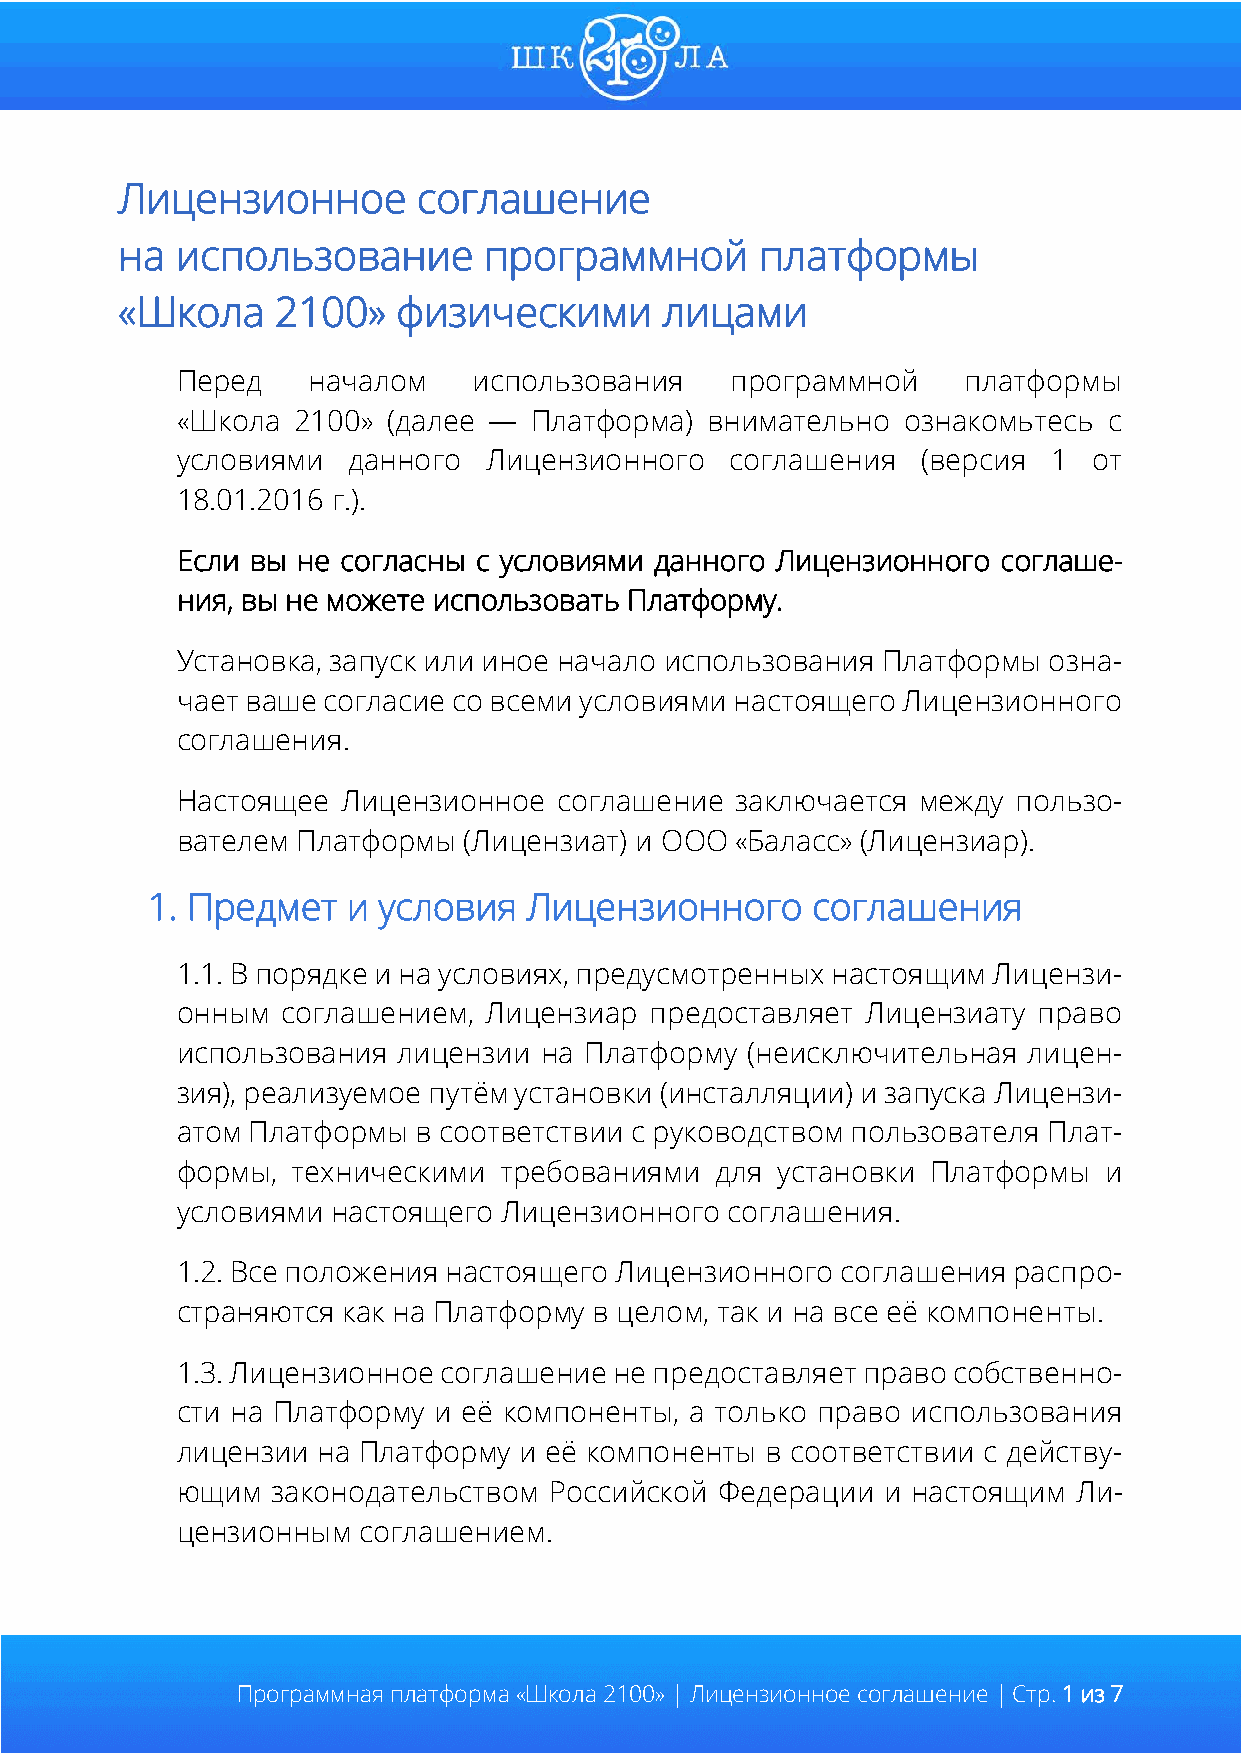
Лицензионное        соглашение
 на  использование       программной       платформы
 «Школа    2100»   физическими       лицами
 Перед   началом    использования    программной     платформы
 «Школа 2100»  (далее — Платформа)  внимательно  ознакомьтесь с
 условиями  данного  Лицензионного   соглашения   (версия  1 от
 18.01.2016 г.).
 Если вы не согласны с условиями данного Лицензионного соглаше-
 ния, вы не можете использовать Платформу.
 Установка, запуск или иное начало использования Платформы озна-
 чает ваше согласие со всеми условиями настоящего Лицензионного
 соглашения.
 Настоящее  Лицензионное  соглашение  заключается между пользо-
 вателем Платформы  (Лицензиат) и ООО «Баласс» (Лицензиар).
 1. Предмет   и условия   Лицензионного      соглашения
 1.1. В порядке и на условиях, предусмотренных настоящим Лицензи-
 онным  соглашением, Лицензиар  предоставляет Лицензиату  право
 использования лицензии  на Платформу (неисключительная  лицен-
 зия), реализуемое путём установки (инсталляции) и запуска Лицензи-
 атом Платформы  в соответствии с руководством пользователя Плат-
 формы, техническими  требованиями  для установки  Платформы  и
 условиями настоящего Лицензионного  соглашения.
 1.2. Все положения настоящего Лицензионного соглашения распро-
 страняются как на Платформу в целом, так и на все её компоненты.
 1.3. Лицензионное соглашение не предоставляет право собственно-
 сти на Платформу и её компоненты, а только право использования
 лицензии на Платформу и её компоненты  в соответствии с действу-
 ющим  законодательством Российской  Федерации и настоящим  Ли-
 цензионным  соглашением.
 Программная платформа «Школа 2100» | Лицензионное соглашение | Стр. 1 из 7